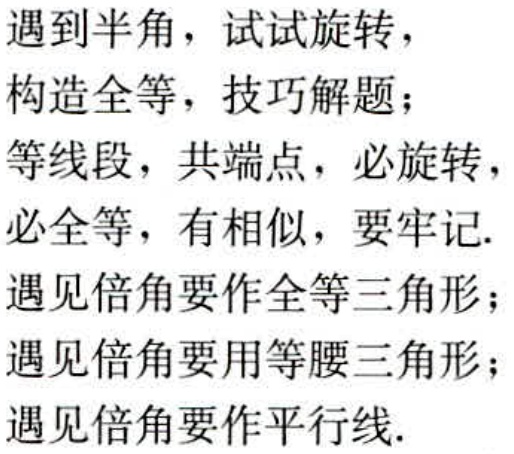
遇到半角，试试旋转，
构造全等，技巧解题；
等线段，共端点，必旋转，
必全等，有相似，要牢记.
遇见倍角要作全等三角形；
遇见倍角要用等腰三角形；
遇见倍角要作平行线.